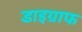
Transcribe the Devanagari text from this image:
डाइग्राफ